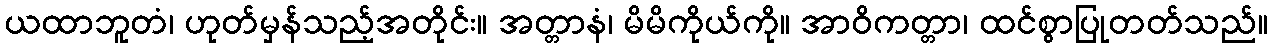
ယထာဘူတံ၊ ဟုတ်မှန်သည့်အတိုင်း။ အတ္တာနံ၊ မိမိကိုယ်ကို။ အာဝိကတ္တာ၊ ထင်စွာပြုတတ်သည်။